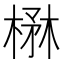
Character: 楙